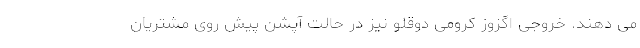
می دهند. خروجی اگزوز کرومی دوقلو نیز در حالت آپشن پیش روی مشتریان